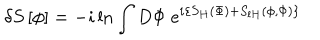
\delta S \left[ \phi \right] = - i \ln \int D \Phi \; e ^ { i \left\{ S _ { H } \left( \Phi \right) + S _ { l H } \left( \phi , \Phi \right) \right\} }